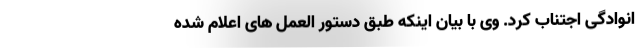
انوادگی اجتناب کرد. وی با بیان اینکه طبق دستور العمل های اعلام شده